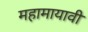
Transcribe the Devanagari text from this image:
महामायावी